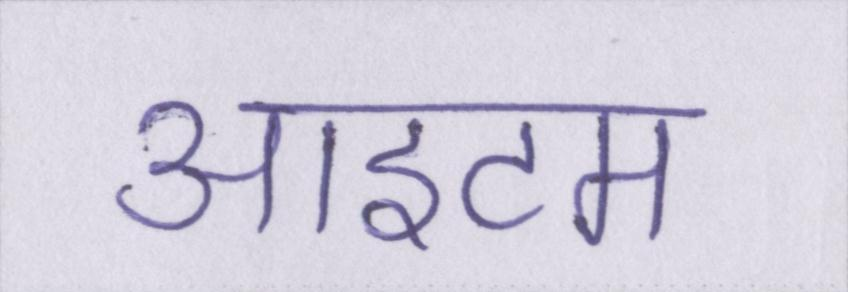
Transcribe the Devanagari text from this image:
आइटम